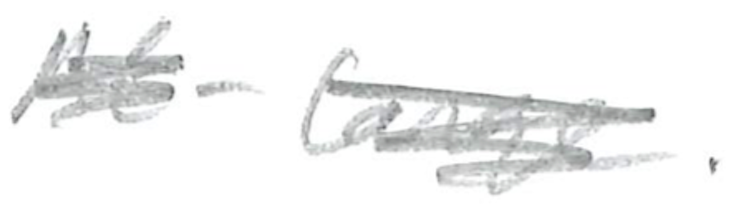
Text: At-large.
Cross-out: scratch
Writing tool: pencil